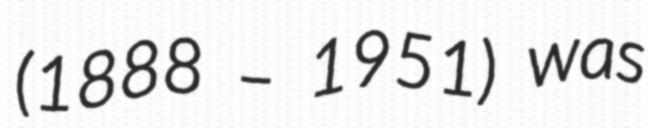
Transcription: (1888 – 1951) was